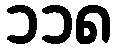
၁၁၈